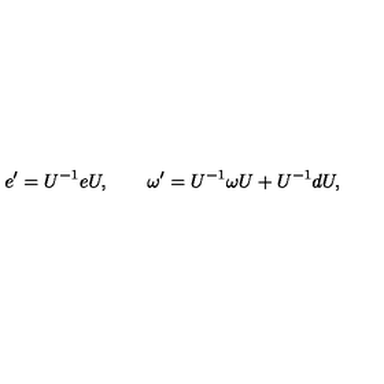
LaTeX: e ^ { \prime } = U ^ { - 1 } e U , \qquad \omega ^ { \prime } = U ^ { - 1 } \omega U + U ^ { - 1 } d U ,